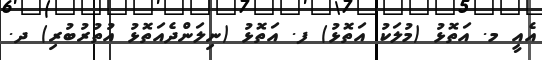
އެއީ މ. އަތޮޅު (މުލަކު އަތޮޅު) ފ. އަތޮޅު (ނިލަންދެއަތޮޅު އުތުރުބުރި) ދ.